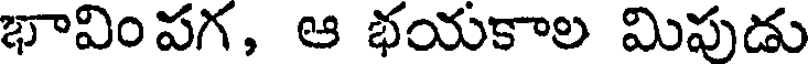
భావింపగ, ఆ భయకాల మిపుడు